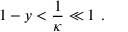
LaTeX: { 1 - y } < { \frac { 1 } { \kappa } } \ll 1 \ .